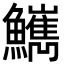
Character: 𩽌